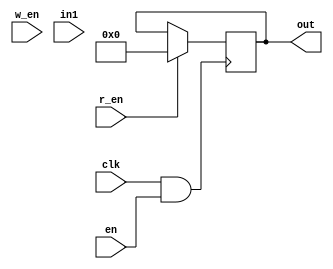
module queue(out, r_en , w_en ,clk,en, in1);
	reg [3:0] q1 ;
	reg [3:0] q2 ;
	reg [3:0] q3 ;
	output	reg [3:0] out;
	input  [3:0] in1;
	input r_en;
	input w_en;
	input en;
	input clk;
	wire clk, en , w_en, r_en ;
	wire  [3:0]in1;	

	always @ (posedge clk && en)  begin
		if(w_en==1) begin
			q1<=q2;
			q2<=q3;
			q3<=in1;	
		end
		if(r_en == 1 ) begin
			out <= q1;
			q1<=q2;
			q2<=q3;
			q3<=in1;
		end 
	end
	always @(en==0) begin
		 q1 <= 4'b0000;
		 q2 <= 4'b0000;
		 q3 <= 4'b0000;
	end
endmodule